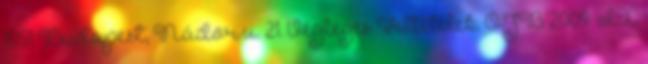
1051 Budapest, Nádor u. 21. Végleges Feltételek. OJB 2009 IX